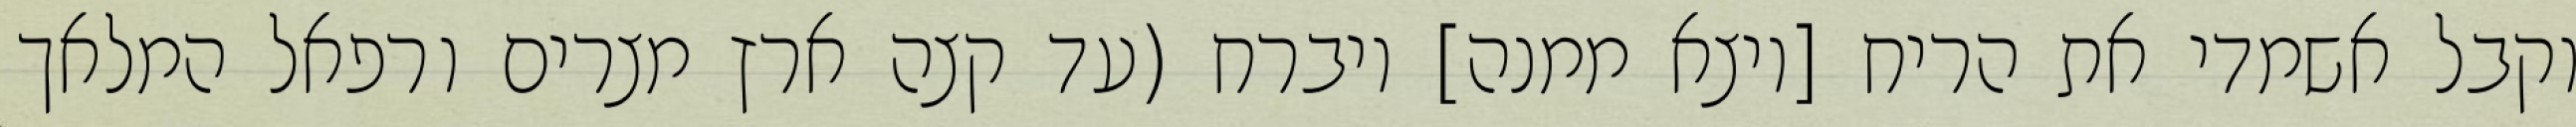
וקבל אשמדי את הריח [ויצא ממנה] ויברח (עד קצה ארץ מצרים ורפאל המלאך